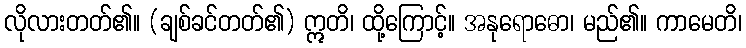
လိုလားတတ်၏။ (ချစ်ခင်တတ်၏) ဣတိ၊ ထို့ကြောင့်။ အနုရောဓော၊ မည်၏။ ကာမေတိ၊